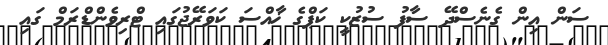
ސަން އިން ގެނެސްދޭ ސާފު ސުޒުކީ ކަޕްގެ ޚާއްސަ ކަވަރޭޖުގައި ޓްރިވެންޑްރަމް ގައި